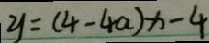
y = ( 4 - 4 a ) x - 4